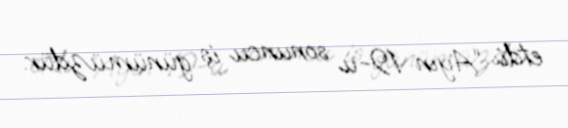
etdi: “Ayın 19-u sonuncu iş günümüzdür.